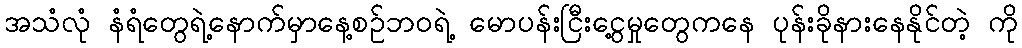
အသံလုံ နံရံတွေရဲ့နောက်မှာနေ့စဉ်ဘဝရဲ့ မောပန်းငြီးငွေ့မှုတွေကနေ ပုန်းခိုနားနေနိုင်တဲ့ ကို